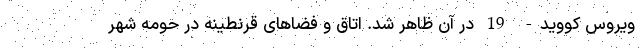
ویروس کووید- 19 در آن ظاهر شد. اتاق و فضاهای قرنطینه در حومه شهر